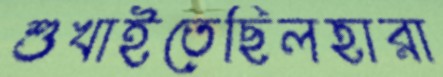
শুখাইতেছিলহারা